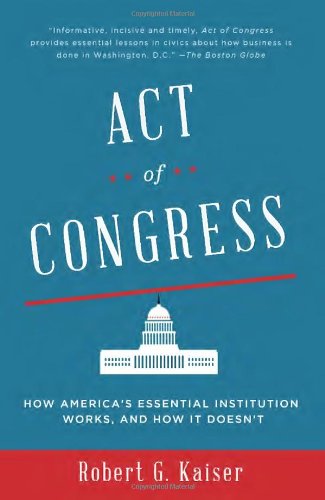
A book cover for Act of Congress: How America's Essential Institution Works, and How It Doesn't; Robert G. Kaiser; Business & Money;